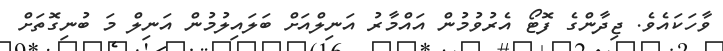
ވާހަކައެވެ. ޖިދާންގެ ފޮޓޯ އެރުވުމުން އައްމާރު އަނިލްއަށް ބަލައިލުމުން އަނިލް މަ ބުނިގޮތަށް